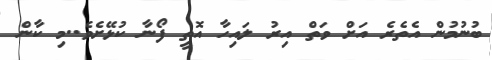
ބުނުމުން އެތެރެ އަށް ވަތް އިރު ލައިހާ އޮތީ ފޯނާ ކުޅޭށެވެ..މި ކާން